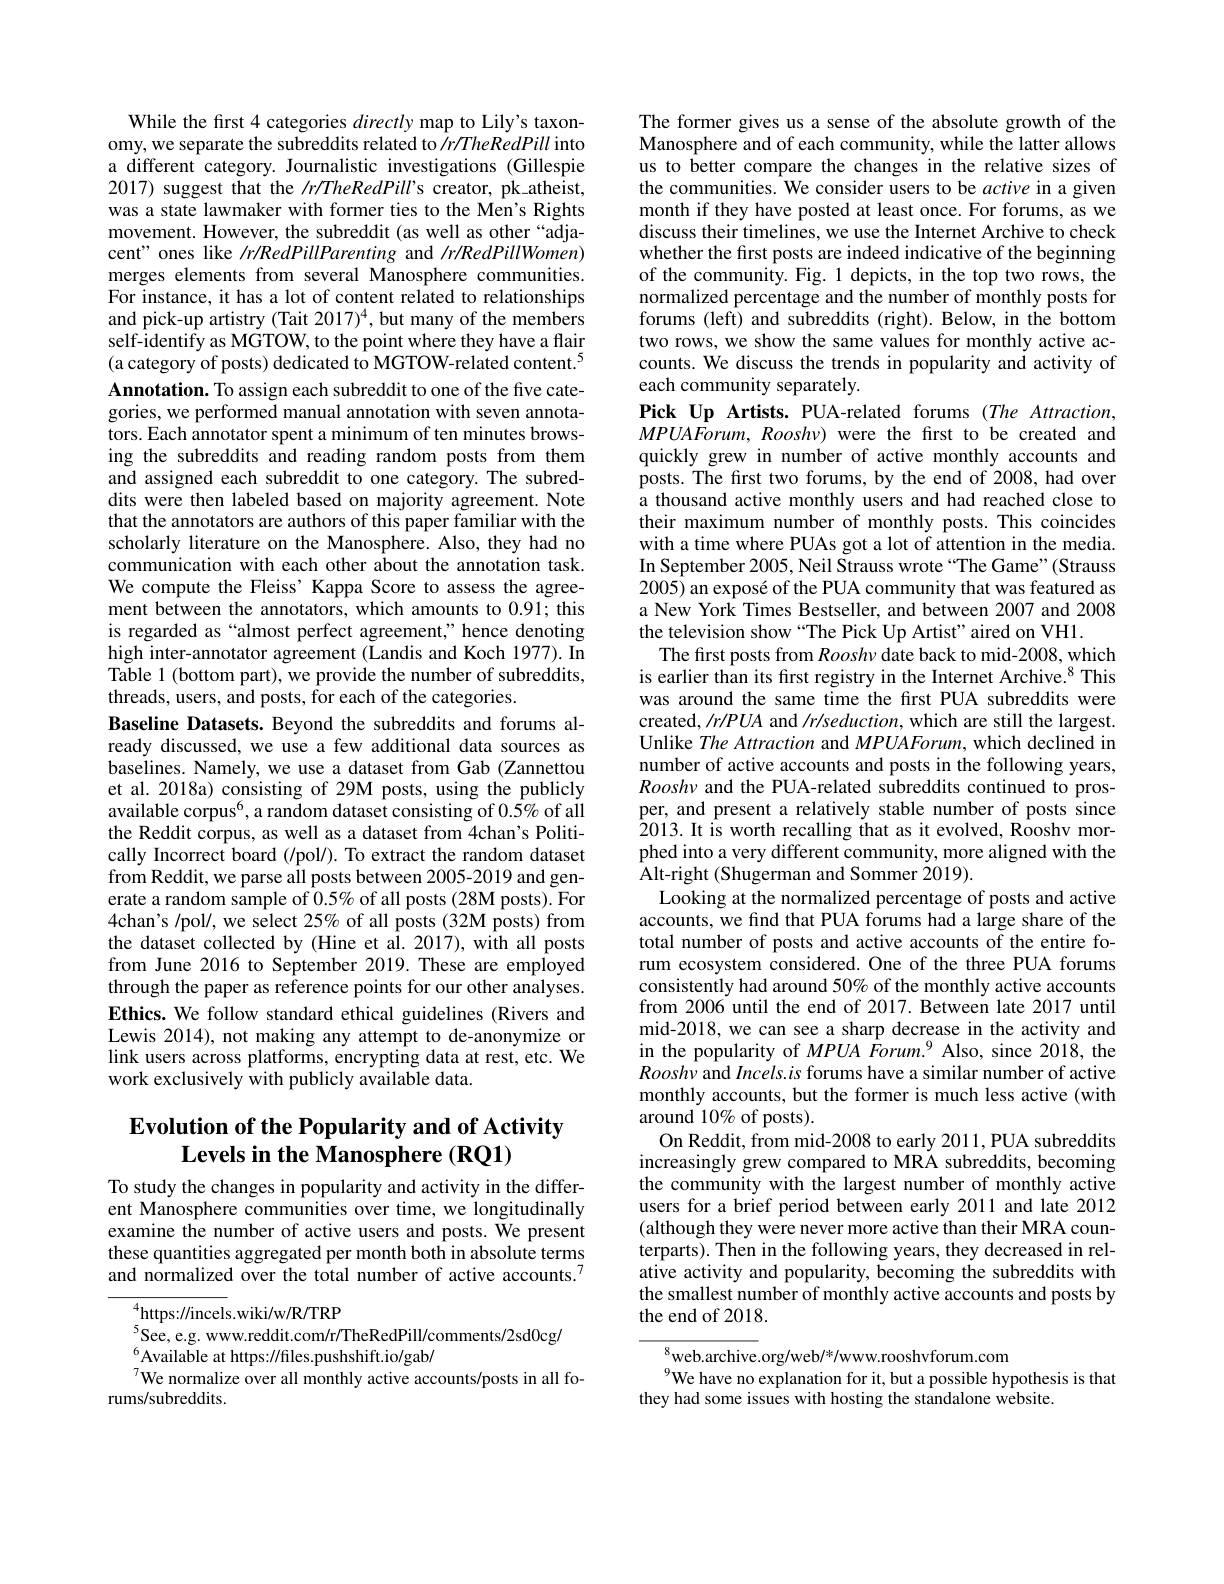
While the first 4 categories directly map to Lily's taxonomy, we separate the subreddits related to $\hat{\textit{/r/TheRedPill into}}$ a different category. Journalistic investigations (Gillespie 2017) suggest that the /r/TheRedPill's creator, pk-atheist, was a state lawmaker with former ties to the Men's Rights movement. However, the subreddit (as well as other “adjacent" ones like /r/RedPillParenting and /r/RedPillWomen) merges elements from several Manosphere communities. For instance, it has a lot of content related to relationships and pick-up artistry (Tait 2017)$^4$,but many of the members self-identify as MGTOW, to the point where they have a flair (a category of posts) dedicated to MGTOW-related content.$^{5}$ Annotation. To assign each subreddit to one of the five categories, we performed manual annotation with seven annotators. Each annotator spent a minimum of ten minutes browsing the subreddits and reading random posts from them and assigned each subreddit to one category. The subreddits were then labeled based on majority agreement. Note that the annotators are authors of this paper familiar with the scholarly literature on the Manosphere. Also, they had no communication with each other about the annotation task. We compute the Fleiss' Kappa Score to assess the agreement between the annotators, which amounts to 0.91; this is regarded as “almost perfect agreement,” hence denoting high inter-annotator agreement (Landis and Koch 1977). In Table 1 (bottom part), we provide the number of subreddits, threads, users, and posts, for each of the categories.
Baseline Datasets. Beyond the subreddits and forums already discussed, we use a few additional data sources as baselines. Namely, we use a dataset from Gab (Zannettou et al. 2018a) consisting of 29M posts, using the publicly available corpus$^6$, a random dataset consisting of $0.5\%$ of all the Reddit corpus, as well as a dataset from 4chan's Politically Incorrect board (/pol/). To extract the random dataset from Reddit, we parse all posts between 2005-2019 and generate a random sample of $0.5\%$ of all posts (28M posts). For 4chan's /pol/, we select 25% of all posts (32M posts) from the dataset collected by (Hine et al. 2017), with all posts from June 2016 to September 2019. These are employed through the paper as reference points for our other analyses. Ethics. We follow standard ethical guidelines (Rivers and Lewis 2014), not making any attempt to de-anonymize or link users across platforms, encrypting data at rest, etc. We work exclusively with publicly available data.

## Evolution of the Popularity and of Activity $\textbf{Levels in the Manosphere}( \textbf{RQ1})$

To study the changes in popularity and activity in the different Manosphere communities over time, we longitudinally examine the number of active users and posts. We present these quantities aggregated per month both in absolute terms and normalized over the total number of active accounts.$^{7}$

$^{4}$https://incels.wiki/w/R/TRP
$^{5}$See, e.g. www.reddit.com/r/TheRedPill/comments/2sd0cg/
$^{6}$Available at https://files.pushshift.io/gab/
$^{7}$We normalize over all monthly active accounts/posts in all fo-
rums/subreddits

The former gives us a sense of the absolute growth of the Manosphere and of each community, while the latter allows us to better compare the changes in the relative sizes of the communities. We consider users to be active in a given month if they have posted at least once. For forums, as we discuss their timelines, we use the Internet Archive to check whether the first posts are indeed indicative of the beginning of the community. Fig. 1 depicts, in the top two rows, the normalized percentage and the number of monthly posts for forums (left) and subreddits (right). Below, in the bottom two rows, we show the same values for monthly active accounts. We discuss the trends in popularity and activity of each community separately.
Pick Up Artists. PUA-related forums (The Attraction, $MPUAForum,Rooshv)$ were the first to be created and quickly grew in number of active monthly accounts and posts. The first two forums, by the end of 2008, had over a thousand active monthly users and had reached close to their maximum number of monthly posts. This coincides with a time where PUAs got a lot of attention in the media. In September 2005, Neil Strauss wrote“The Game”(Strauss 2005) an exposé of the PUA community that was featured as a New York Times Bestseller, and between 2007 and 2008 the television show “The Pick Up Artist" aired on VH1.
The first posts from Rooshv date back to mid-2008, which is earlier than its first registry in the Internet Archive.$^{8}$This was around the same time the first PUA subreddits were created, /r/PUA and /r/seduction, which are still the largest. Unlike The Attraction and MPUAForum, which declined in number of active accounts and posts in the following years, $Roosh\nu$ and the PUA-related subreddits continued to prosper, and present a relatively stable number of posts since 2013. It is worth recalling that as it evolved, Rooshv morphed into a very different community, more aligned with the Alt-right (Shugerman and Sommer 2019).
Looking at the normalized percentage of posts and active accounts, we find that PUA forums had a large share of the total number of posts and active accounts of the entire forum ecosystem considered. One of the three PUA forums consistently had around 50% of the monthly active accounts from 2006 until the end of 2017. Between late 2017 until mid-2018, we can see a sharp decrease in the activity and in the popularity of $MPUA\textit{Forum.}^{9}$ Also, since 2018, the Rooshv and Incels.is forums have a similar number of active monthly accounts, but the former is much less active (with around 10% of posts).
On Reddit, from mid-2008 to early 2011, PUA subreddits increasingly grew compared to MRA subreddits, becoming the community with the largest number of monthly active users for a brief period between early 2011 and late 2012 (although they were never more active than their MRA counterparts). Then in the following years, they decreased in relative activity and popularity, becoming the subreddits with the smallest number of monthly active accounts and posts by the end of 2018.
${}_{0}^{8}$web.archive.org/web/*/www.rooshvforum.com

We have no explanation for it, but a possible hypothesis is that
they had some issues with hosting the standalone website.